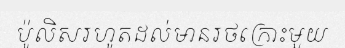
ប៉ូលិសរហូតដល់មានរថក្រោះមួយ